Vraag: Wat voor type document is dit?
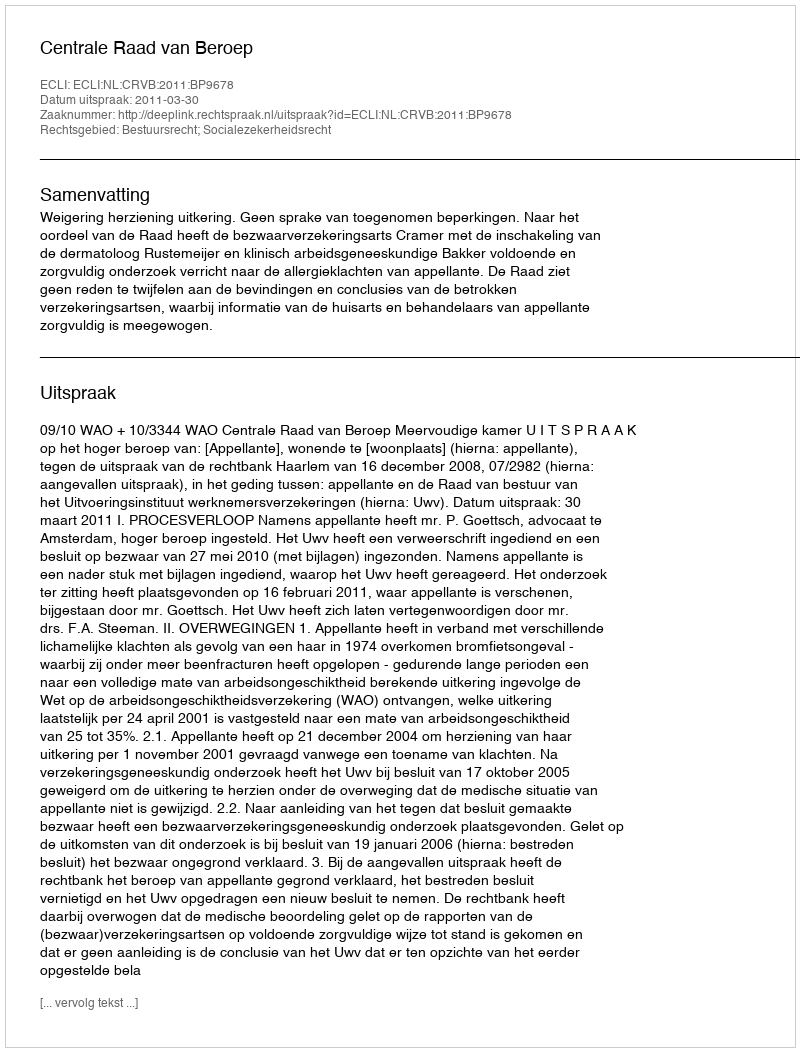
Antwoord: Uitspraak